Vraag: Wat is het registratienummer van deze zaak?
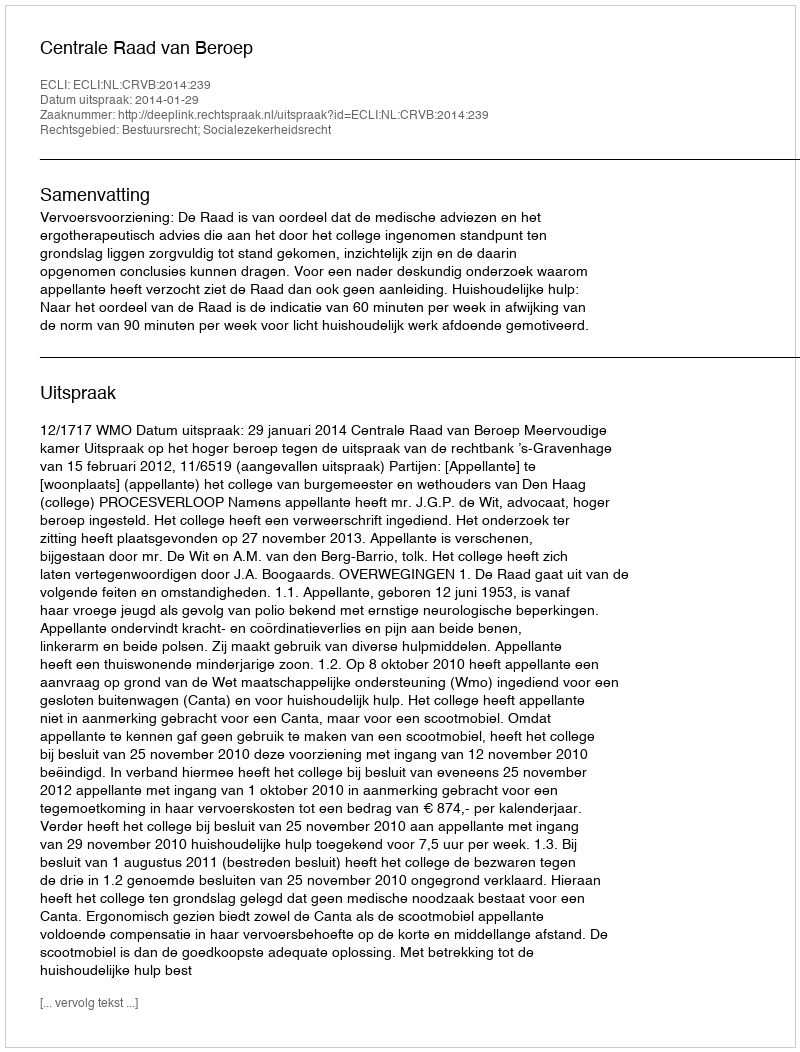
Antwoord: http://deeplink.rechtspraak.nl/uitspraak?id=ECLI:NL:CRVB:2014:239